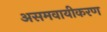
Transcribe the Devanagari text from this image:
असमवायीकरण